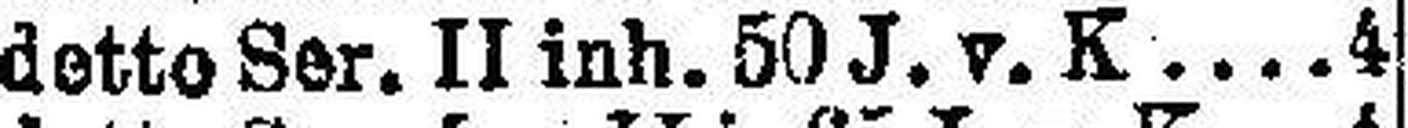
detto Ser. II Inh. 50 J. v. K 4